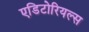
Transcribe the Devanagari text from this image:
एडिटोरियल्स